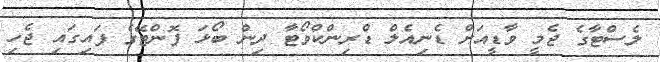
ލެސްޓާގެ ޖެމީ ވާޑީއަށް ޑެނިއެލް ޑްރިންކްވޯޓާ ދިން ބޯޅަ ފޮންޓޭގެ ފައިގައި ޖެހި